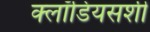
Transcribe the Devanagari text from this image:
क्लॉडियसशी